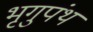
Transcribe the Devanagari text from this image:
भृगुपंथ